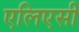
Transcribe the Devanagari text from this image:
एलिएसी